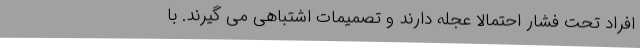
افراد تحت فشار احتمالاً عجله دارند و تصمیمات اشتباهی می گیرند. با